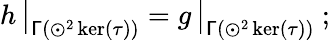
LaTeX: h\, \big|_{\mathsf{\Gamma}(\odot^{2}\ker(\tau))}=g\, \big|_{\mathsf{\Gamma}(\odot^{2}\ker(\tau))}\ ;